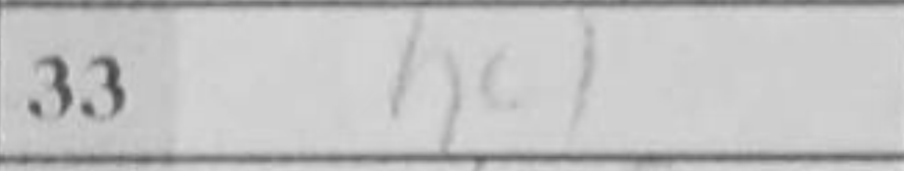
Transcription: h4